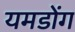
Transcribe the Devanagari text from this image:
यमडोंग